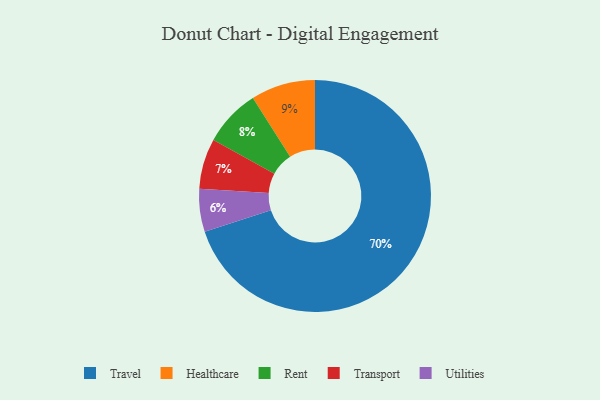
{"axis": {"x": "Category", "y": "Percentage"}, "legend": ["Healthcare", "Rent", "Transport", "Travel", "Utilities"], "data": [{"x": "Travel", "y": 70, "type": "Travel"}, {"x": "Transport", "y": 7, "type": "Transport"}, {"x": "Healthcare", "y": 9, "type": "Healthcare"}, {"x": "Utilities", "y": 6, "type": "Utilities"}, {"x": "Rent", "y": 8, "type": "Rent"}]}